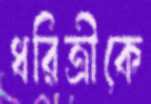
ধরিত্রীকে